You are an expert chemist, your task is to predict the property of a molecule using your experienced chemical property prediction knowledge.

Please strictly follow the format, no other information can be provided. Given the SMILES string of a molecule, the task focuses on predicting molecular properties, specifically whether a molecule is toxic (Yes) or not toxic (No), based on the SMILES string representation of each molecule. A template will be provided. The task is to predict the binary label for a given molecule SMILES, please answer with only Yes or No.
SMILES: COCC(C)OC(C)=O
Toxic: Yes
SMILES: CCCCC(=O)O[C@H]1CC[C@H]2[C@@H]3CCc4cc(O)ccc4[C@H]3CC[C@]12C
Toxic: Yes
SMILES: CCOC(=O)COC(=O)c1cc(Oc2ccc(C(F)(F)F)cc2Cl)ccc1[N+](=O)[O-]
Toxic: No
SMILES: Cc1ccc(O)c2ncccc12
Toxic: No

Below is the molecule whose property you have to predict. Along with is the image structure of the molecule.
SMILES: NC(=O)Nc1ccc(Cl)cc1
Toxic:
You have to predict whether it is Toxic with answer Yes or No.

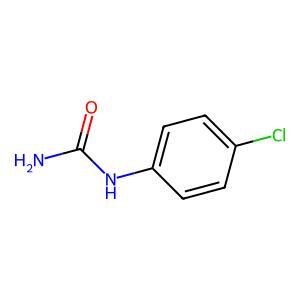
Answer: No